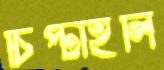
চিপ্‌টাইলি